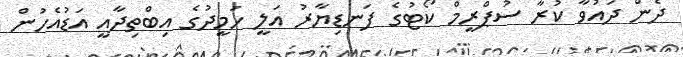
ދެން ދައުވާ ކުރާ ސުޕްރީމް ކޯޓުގެ ފަނޑިޔާރު އަލީ ހަމީދުގެ އިބްތިދާއީ އަޑުއެހުން